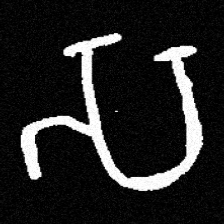
Pyu character \u2014 Myanmar letter: သ (romanized: sa)